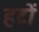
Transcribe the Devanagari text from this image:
हटों